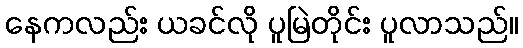
နေကလည်း ယခင်လို ပူမြဲတိုင်း ပူလာသည်။